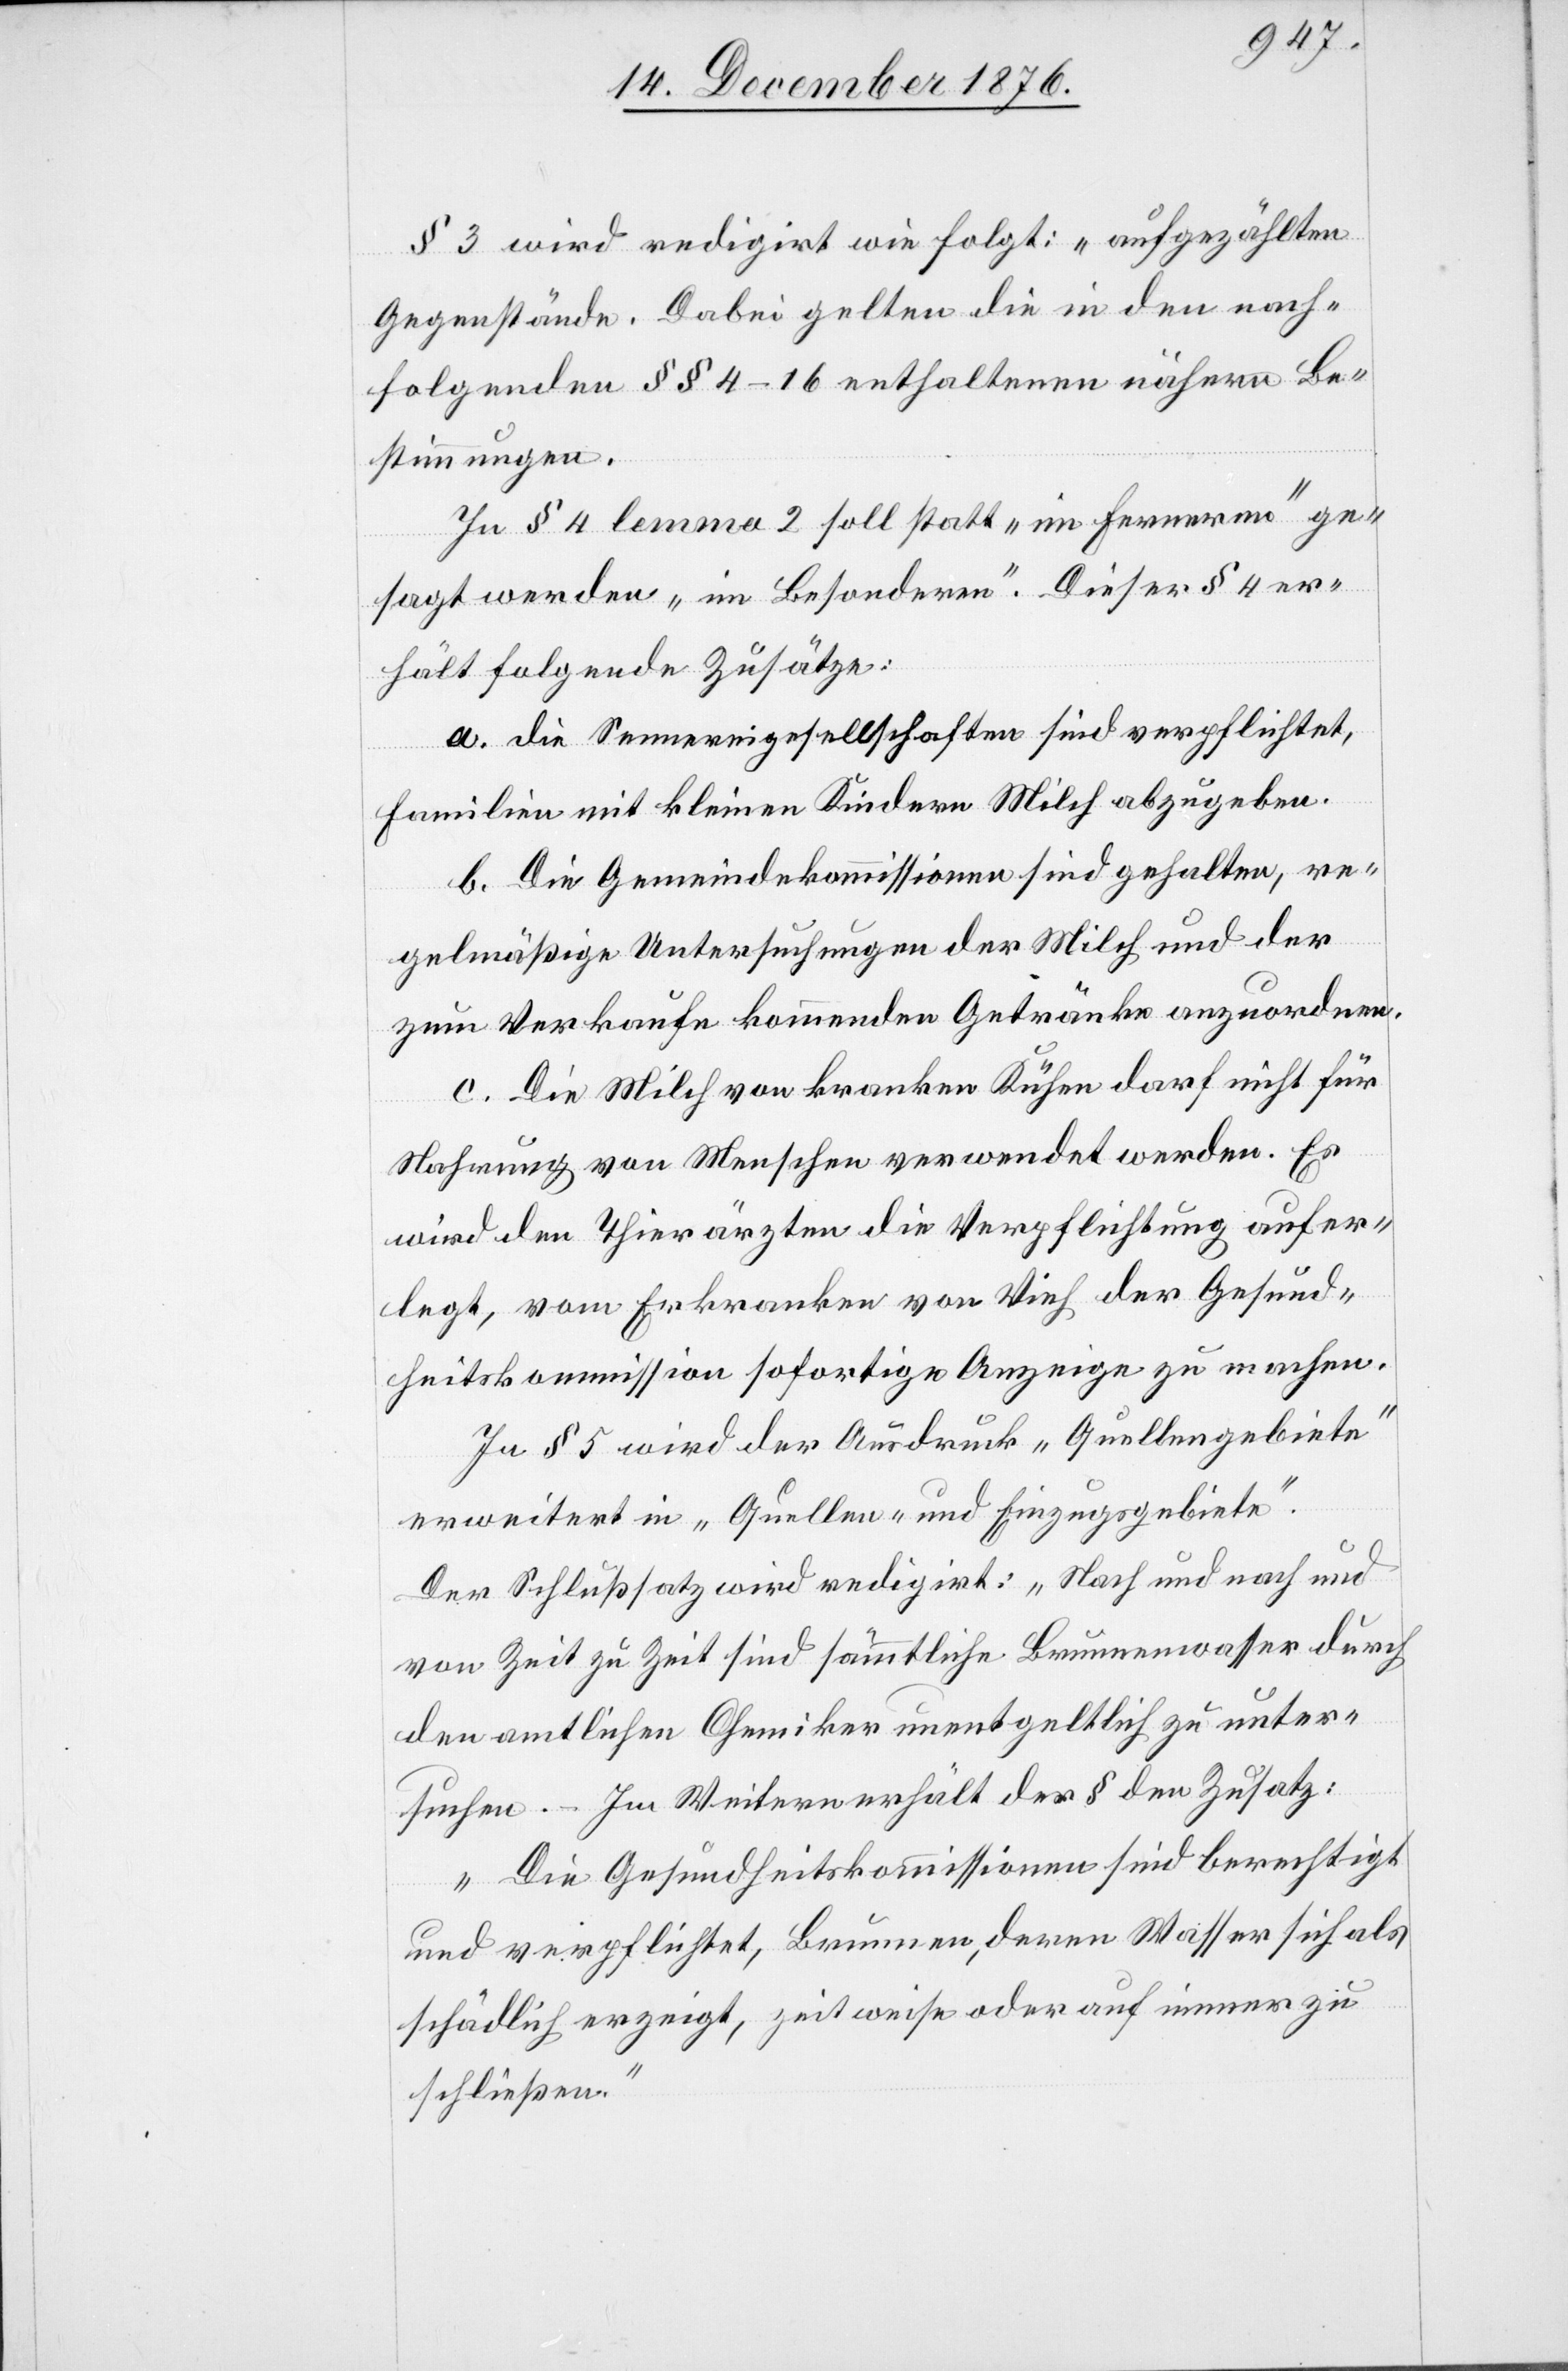
§ 3 wird redigirt wie folgt: „aufgezählten
Gegenstände“. Dabei gelten die in den nach¬
folgenden §§ 4–16 enthaltenen nähern Be¬
stimmungen.
In § 4 lemma 2 soll statt „im Ferneren“ ge¬
sagt werden „im Besonderen“. Dieser § 4 er¬
hält folgende Zusätze:
a. die Sennereigesellschaften sind verpflichtet,
Familien mit kleinen Kindern Milch abzugeben.
b. Die Gemeindekommissionen sind gehalten, re¬
gelmäßige Untersuchungen der Milch und der
zum Verkaufe kommenden Getränke anzuordnen.
c. Die Milch von kranken Kühen darf nicht für
Nahrung von Menschen verwendet werden. Es
wird den Thierärzten die Verpflichtung aufer¬
legt, vom Erkranken von Vieh der Gesund¬
heitskommission sofortige Anzeige zu machen.
In § 5 wird der Ausdruck „Quellengebiete“
erweitert in „Quellen- und Einzugsgebiete“.
Der Schlußsatz wird redigirt: „Nach und nach und
von Zeit zu Zeit sind sämmtliche Brunnenwasser durch
den amtlichen Chemiker unentgeltlich zu unter¬
suchen.“ – Im Weitern erhält der § den Zusatz:
„Die Gesundheitskommissionen sind berechtigt
und verpflichtet, Brunnen, deren Wasser sich als
schädlich erzeigt, zeitweise oder auf immer zu
schließen.“